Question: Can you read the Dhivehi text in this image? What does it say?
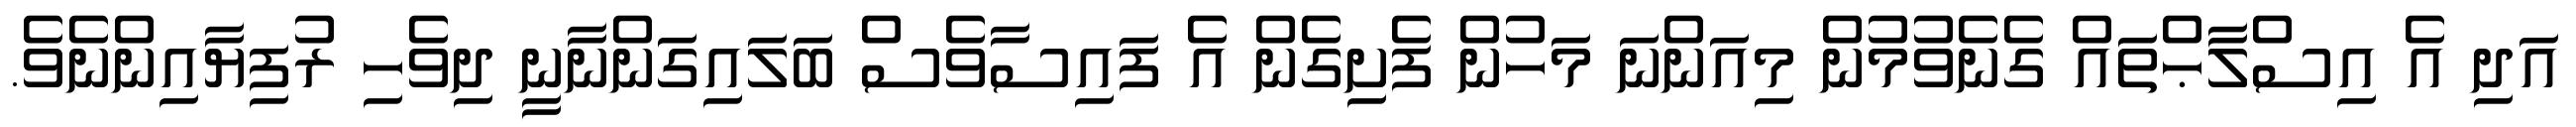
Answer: އަދި އެ އިސްލާޙްތައް ގެނެވުމުން މިއަންނަ މަހުން ފެށިގެން އެ ފައިސާވެސް ބަލައިގަންނާނީ ދިވެހި ރުފިޔާއިންނެވެ.